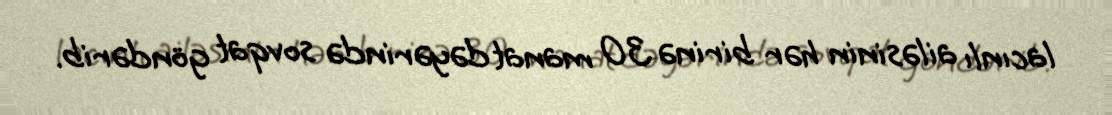
lacınlı ailəsinin hər birinə 30 manat dəyərində sovqat göndərib.